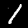
Label: 1